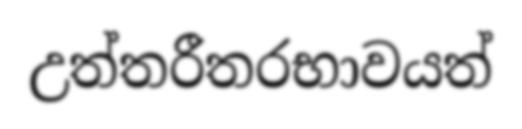
උත්තරීතරභාවයත්